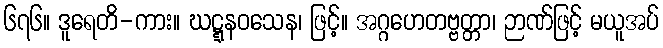
၆၇၆။ ဒူရေတိ-ကား။ ဃဋ္ဋနဝသေန၊ ဖြင့်။ အဂ္ဂဟေတဗ္ဗတ္တာ၊ ဉာဏ်ဖြင့် မယူအပ်